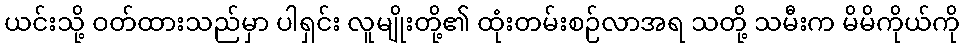
ယင်းသို့ ဝတ်ထားသည်မှာ ပါရှင်း လူမျိုးတို့၏ ထုံးတမ်းစဉ်လာအရ သတို့ သမီးက မိမိကိုယ်ကို